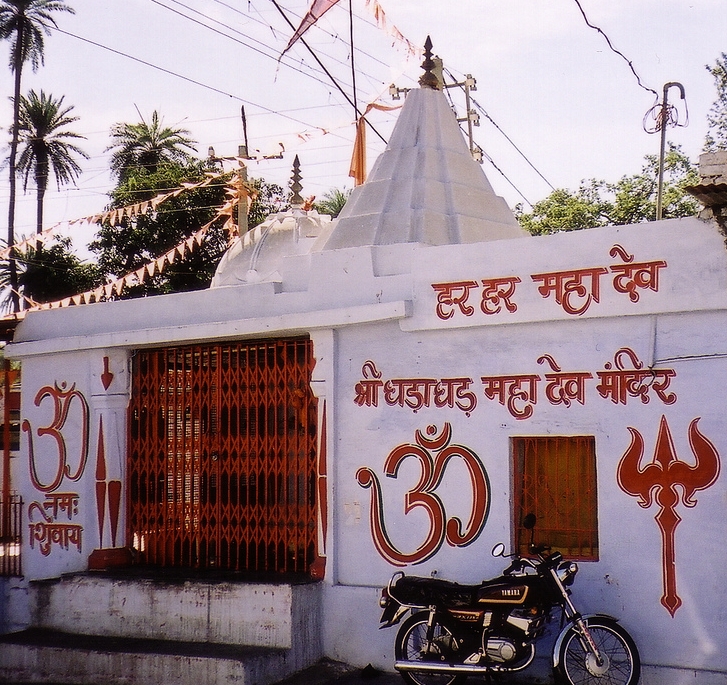
Language: hindi
Transcription: श्री घड़ हर हर महा महा मंदिर ॐ शिवाय देव देव ॐ